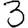
Digit: 3